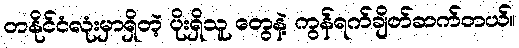
တနိုင်ငံလုံးမှာရှိတဲ့ ပိုးရှိသူ တွေနဲ့ ကွန်ရက်ချိတ်ဆက်တယ်။